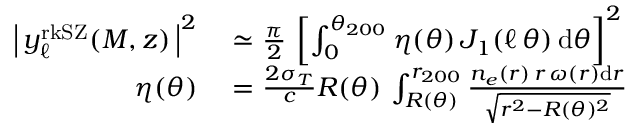
\begin{array} { r l } { \left| \, y _ { \ell } ^ { \mathrm { r k S Z } } ( M , z ) \, \right| ^ { 2 } } & { { } \simeq \frac { \pi } { 2 } \, \left[ \int _ { 0 } ^ { \theta _ { 2 0 0 } } \eta ( \theta ) \, J _ { 1 } ( \ell \, \theta ) \, \mathrm { d } \theta \right] ^ { 2 } } \\ { \eta ( \theta ) } & { { } = \frac { 2 \sigma _ { T } } { c } R ( \theta ) \, \int _ { R ( \theta ) } ^ { r _ { 2 0 0 } } \frac { n _ { e } ( r ) \, r \, \omega ( r ) \mathrm { d } r } { \sqrt { r ^ { 2 } - R ( \theta ) ^ { 2 } } } } \end{array}